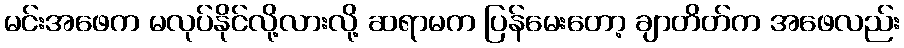
မင်းအဖေက မလုပ်နိုင်လို့လားလို့ ဆရာမက ပြန်မေးတော့ ချာတိတ်က အဖေလည်း